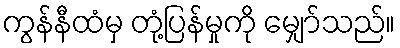
ကွန်နီထံမှ တုံ့ပြန်မှုကို မျှော်သည်။